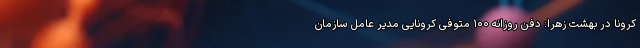
کرونا در بهشت زهرا: دفن روزانه ۱۰۰ متوفی کرونایی مدیر عامل سازمان